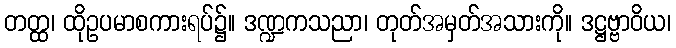
တတ္ထ၊ ထိုဥပမာစကားရပ်၌။ ဒဏ္ဍကသညာ၊ တုတ်အမှတ်အသားကို။ ဒဋ္ဌဗ္ဗာဝိယ၊